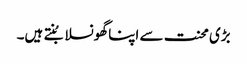
بڑی محنت سے اپنا گھونسلا بُنتے ہیں۔